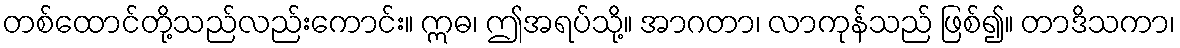
တစ်ထောင်တို့သည်လည်းကောင်း။ ဣဓ၊ ဤအရပ်သို့။ အာဂတာ၊ လာကုန်သည် ဖြစ်၍။ တာဒိသကာ၊